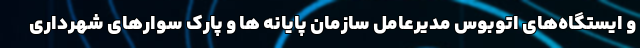
و ایستگاه‌های اتوبوس مدیرعامل سازمان پایانه ها و پارک سوارهای شهرداری